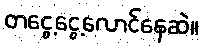
တငွေ့ငွေ့လောင်နေဆဲ။